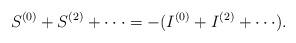
LaTeX: \begin{align*}S^{(0)}+S^{(2)}+ \cdot \cdot \cdot =-(I^{(0)}+ I^{(2)} + \cdot \cdot \cdot).\end{align*}